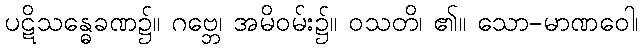
ပဋိသန္ဓေခဏ၌။ ဂဗ္ဘေ၊ အမိဝမ်း၌။ ဝသတိ၊ ၏။ သော-မာဏဝေါ၊